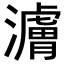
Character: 𬉜